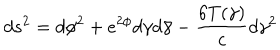
LaTeX: d s ^ { 2 } = d \phi ^ { 2 } + e ^ { 2 \phi } d \gamma d \bar { \gamma } - { \frac { 6 T ( \gamma ) } { c } } d \gamma ^ { 2 }